Lunatic asylums in Bengal annual reports 1912-1924 - 1912-1924
Year: 1912
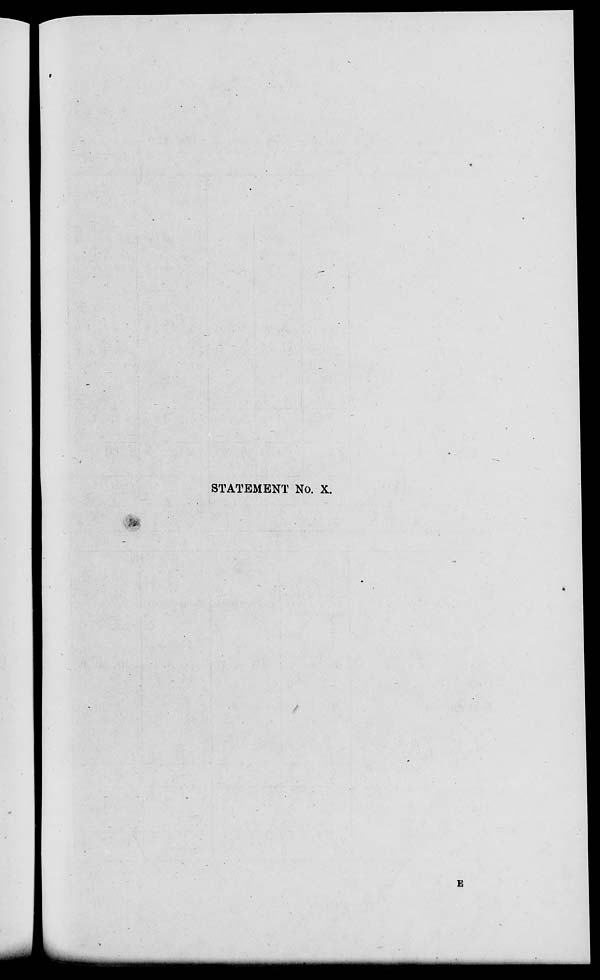
STATEMENT No. X.
E